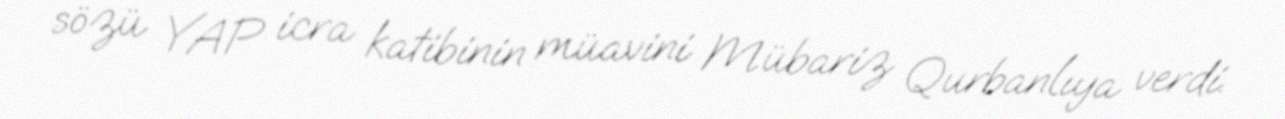
sözü YAP icra katibinin müavini Mübariz Qurbanlıya verdi.